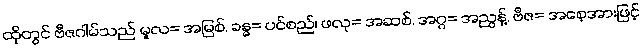
ထိုတွင် ဗီဇဂါမ်သည် မူလ= အမြစ်, ခန္ဓ= ပင်စည်၊ ဖလု= အဆစ်, အဂ္ဂ= အညွန့်, ဗီဇ= အစေ့အားဖြင့်